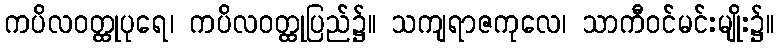
ကပိလဝတ္ထုပုရေ၊ ကပိလဝတ္ထုပြည်၌။ သကျရာဇကုလေ၊ သာကီဝင်မင်းမျိုး၌။